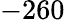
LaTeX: -260